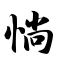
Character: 惝